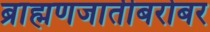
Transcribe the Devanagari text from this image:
ब्राह्मणजातीबरोबर